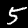
Digit: 5